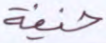
خيفة